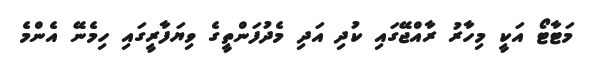
މަޓާޓޯ އަކީ މިހާރު ރާއްޖޭގައި ކުދި އަދި މެދުފަންތީގެ ވިޔަފާރީގައި ހިމެނޭ އެންމެ